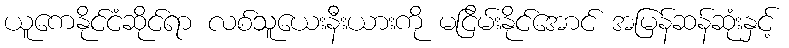
ယူကေနိုင်ငံဆိုင်ရာ လစ်သူယေးနီးယားကို မငြိမ်းနိုင်အောင် အမြန်ဆန်ဆုံးနှင့်